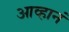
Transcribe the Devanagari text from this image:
आव्हानं